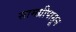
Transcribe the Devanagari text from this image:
सामग्रीपासून